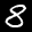
Label: 8